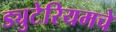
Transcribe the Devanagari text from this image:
ड्युटेरियमचे